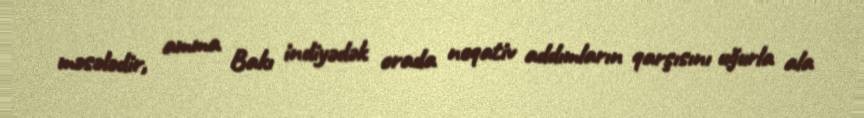
məsələdir, amma Bakı indiyədək orada neqativ addımların qarşısını uğurla ala